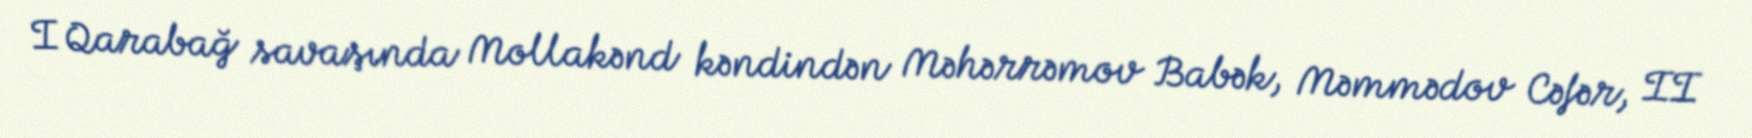
I Qarabağ savaşında Mollakənd kəndindən Məhərrəmov Babək, Məmmədov Cəfər, II